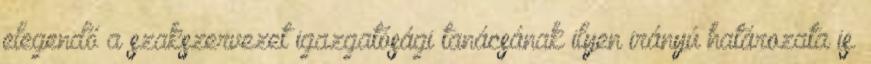
elegendő a szakszervezet igazgatósági tanácsának ilyen irányú határozata is.